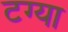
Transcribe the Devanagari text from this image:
टग्या